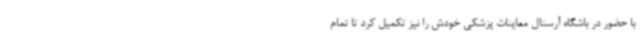
با حضور در باشگاه آرسنال معاینات پزشکی خودش را نیز تکمیل کرد تا تمام